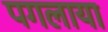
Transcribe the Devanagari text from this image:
पगलाया